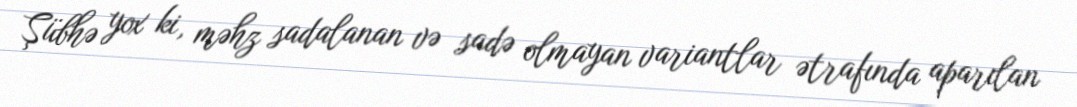
Şübhə yox ki, məhz sadalanan və sadə olmayan variantlar ətrafında aparılan